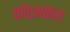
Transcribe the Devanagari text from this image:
कॉइनकस